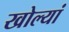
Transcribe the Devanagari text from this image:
खोल्यां